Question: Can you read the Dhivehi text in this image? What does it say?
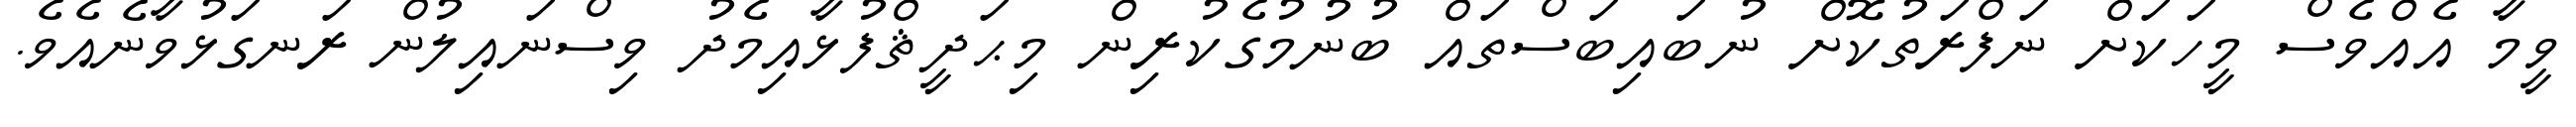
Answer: ވީމާ އެއްވެސް މީހަކަށް ނަފްރަތުކޮށް ނުބައިބަސްތައް ބުނުމުގެކުރިން މިޙަދީޘްފުޅާއިމެދު ވިސްނައިލުން ރަނގަޅުވާނެއެވެ.